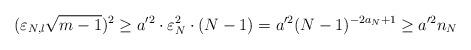
LaTeX: \begin{align*}(\varepsilon_{N,l} \sqrt{m-1})^2\geq a'^2 \cdot \varepsilon_{N}^2 \cdot( N-1)=a'^2 (N-1)^{-2a_N+1}\geq a'^2 n_N\end{align*}